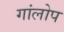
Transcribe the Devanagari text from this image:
गांलोप